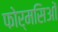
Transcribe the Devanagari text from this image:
फोर्मसिओं